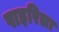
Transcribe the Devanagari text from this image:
पाइरिला